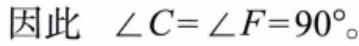
因此 $\angle C=\angle F = 90^{\circ}$。